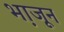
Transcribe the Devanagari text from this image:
भा़जून